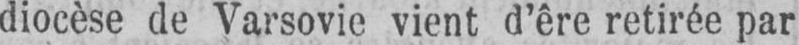
diocèse de Varsovie vient d’êre retirée par